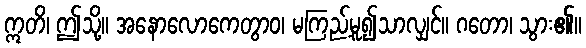
ဣတိ၊ ဤသို့။ အနောလောကေတွာဝ၊ မကြည့်မူ၍သာလျှင်။ ဂတော၊ သွား၏။